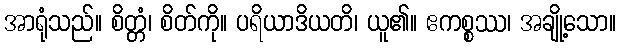
အာရုံသည်။ စိတ္တံ၊ စိတ်ကို။ ပရိယာဒိယတိ၊ ယူ၏။ ဧကစ္စဿ၊ အချို့သော။